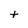
Character: t